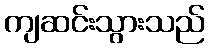
ကျဆင်းသွားသည်